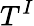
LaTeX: T^{I}